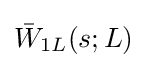
{\bar {W}}_{1L}(s;L)